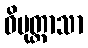
ဝိမုတ္တာသာ